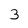
Character: 3